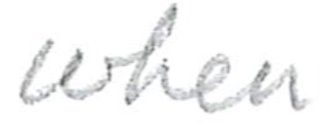
Text: when
Cross-out: clean
Writing tool: pencil